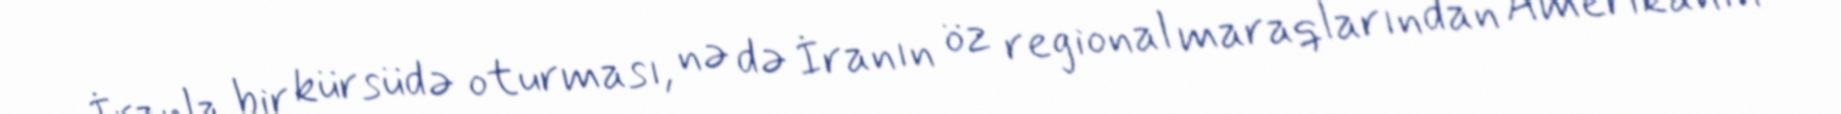
İranla bir kürsüdə oturması, nə də İranın öz regional maraqlarından Amerikanın